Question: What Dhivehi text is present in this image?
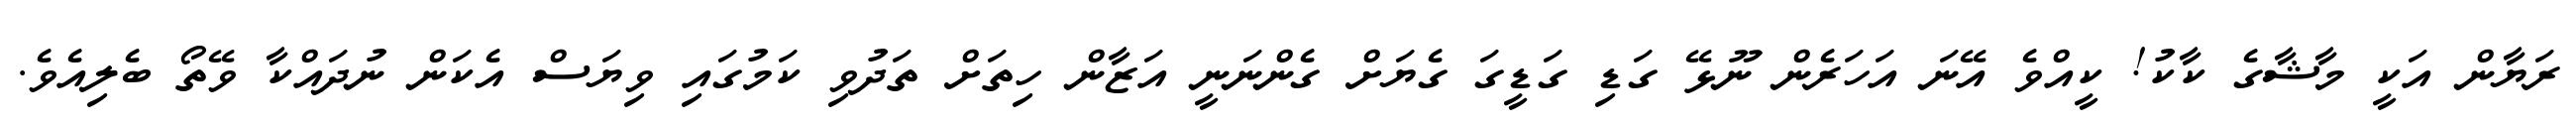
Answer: ރަޔާން އަކީ މާޝާގެ ކާކު! ކީއްވެ އޭނަ އަހަރެން ނޫޅޭ ގަޑި ގަޑީގަ ގެޔަށް ގެންނަނީ އަޒާން ހިތަށް ތަދުވި ކަމުގައި ވިޔަސް އެކަން ނުދައްކާ ވޭތޯ ބެލިއެވެ.